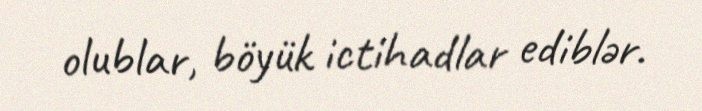
olublar, böyük ictihadlar ediblər.